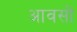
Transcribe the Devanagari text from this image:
आवसों